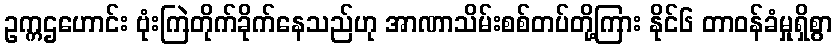
ဥက္ကဌဟောင်း ဗုံးကြဲတိုက်ခိုက်နေသည်ဟု အာဏာသိမ်းစစ်တပ်တို့ကြား နိုင်၆ တာဝန်ခံမှုရှိစွာ